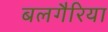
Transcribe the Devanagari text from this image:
बलगैरिया